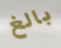
بالغ